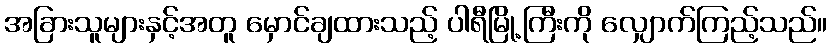
အခြားသူများနှင့်အတူ မှောင်ချထားသည့် ပါရီမြို့ကြီးကို လျှောက်ကြည့်သည်။